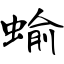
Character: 蝓